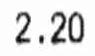
2.20